Indian journal of veterinary science and animal husbandry - Volume 14,
Year: 1944
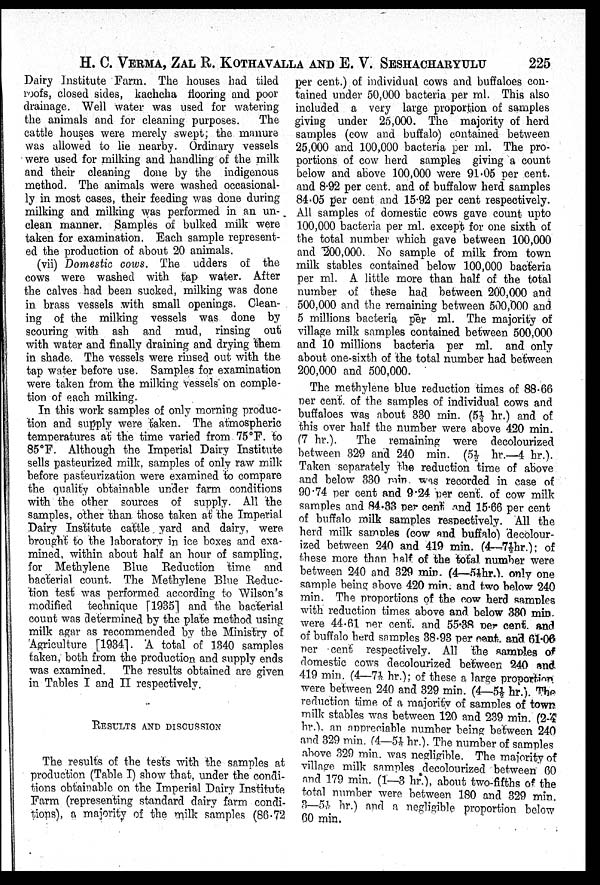
H. C. VERMA, ZAL R. KOTHAVALLA AND E. V. SESHACHARYULU 225
Dairy Institute Farm. The houses had tiled
roofs, closed sides, kachcha flooring and poor
drainage. Well water was used for watering
the animals and for cleaning purposes. The
cattle houses were merely swept; the manure
was allowed to lie nearby. Ordinary vessels
were used for milking and handling of the milk
and their cleaning done by the indigenous
method. The animals were washed occasional-
ly in most cases, their feeding was done during
milking and milking was performed in an un-
clean manner. Samples of bulked milk were
taken for examination. Each sample represent-
ed the production of about 20 animals.
(vii) Domestic cows. The udders of the
cows were washed with tap water. After
the calves had been sucked, milking was done
in brass vessels with small openings. Clean-
ing of the milking vessels was done by
scouring with ash and mud, rinsing out
with water and finally draining and drying them
in shade. The vessels were rinsed out with the
tap water before use. Samples for examination
were taken from the milking vessels on comple-
tion of each milking.
In this work samples of only morning produc-
tion and supply were taken. The atmospheric
temperatures at the time varied from 75°F. to
85°F. Although the Imperial Dairy Institute
sells pasteurized milk, samples of only raw milk
before pasteurization were examined to compare
the quality obtainable under farm conditions
with the other sources of supply. All the
samples, other than those taken at the Imperial
Dairy Institute cattle yard and dairy, were
brought to the laboratory in ice boxes and exa-
mined, within about half an hour of sampling,
for Methylene Blue Reduction time and
bacterial count. The Methylene Blue Reduc-
tion test was performed according to Wilson's
modified technique [1935] and the bacterial
count was determined by the plate method using
milk agar as recommended by the Ministry of
Agriculture [1934]. A total of 1340 samples
taken, both from the production and supply ends
was examined. The results obtained are given
in Tables I and II respectively.
RESULTS AND DISCUSSION
The results of the tests with the samples at
production (Table I) show that, under the condi-
tions obtainable on the Imperial Dairy Institute
Farm (representing standard dairy farm condi-
tions), a majority of the milk samples (86.72
per cent.) of individual cows and buffaloes con-
tained under 50,000 bacteria per ml. This also
included a very large proportion of samples
giving under 25,000. The majority of herd
samples (cow and buffalo) contained between
25,000 and 100,000 bacteria per ml. The pro-
portions of cow herd samples giving a count
below and above 100,000 were 91.05 per cent.
and 8.92 per cent. and of buffalow herd samples
84.05 per cent and 15.92 per cent respectively.
All samples of domestic cows gave count upto
100,000 bacteria per ml. except for one sixth of
the total number which gave between 100,000
and 200,000. No sample of milk from town
milk stables contained below 100,000 bacteria
per ml. A little more than half of the total
number of these had between 200,000 and.
500,000 and the remaining between 500,000 and
5 millions bacteria per ml. The majority of
village milk samples contained between 500,000
and 10 millions bacteria per ml. and only
about one-sixth of the total number had between
200,000 and 500,000.
The methylene blue reduction times of 88.66
per cent. of the samples of individual cows and
buffaloes was about 330 min. (5½ hr.) and of
this over half the number were above 420 min.
(7 hr.). The remaining were decolourized
between 329 and 240 min. (5½ hr.—4 hr.).
Taken separately the reduction time of above
and below 330 min was recorded in case of
90.74 per cent and 9.24 per cent of cow milk
samples and 84.33 per cent and 15.66 per cent
of buffalo milk samples respectively. All the
herd milk samples (cow and buffalo) decolour-
ized between 240 and 419 min. (4–7½hr.); of
these more than half of the total number were
between 240 and 329 min. (4—5½hr.) only one
sample being above 420 min. and two below 240
min. The proportions of the cow herd samples
with reduction times above and below 330 min.
were 44.61 per cent. and 55.38 per cent. and
of buffalo herd samples 38.93 per cent. and 61.06
per cent respectively. All the samples of
domestic cows decolourized between 240 and
419 min. (4—7½ hr.); of these a large proportion
were between 240 and 329 min. (4—5½ hr.). The
reduction time of a majority of samples of town
milk stables was between 120 and 239 min. (2-4
hr.). an appreciable number being between 240
and 329 min. (4—5½ hr.). The number of samples
above 329 min. was negligible. The majority of
village milk samples decolourized between 60
and 179 min. (1—3 hr.), about two-fifths of the
total number were between 180 and 329 min.
3—5½ hr.) and a negligible proportion below
60 min.